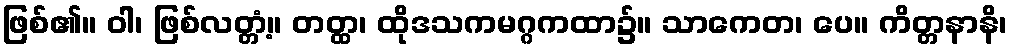
ဖြစ်၏။ ဝါ၊ ဖြစ်လတ္တံ့။ တတ္ထ၊ ထိုဒသကမဂ္ဂကထာ၌။ သာကေတ၊ ပေ။ ကိတ္တနာနိ၊